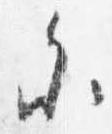
参